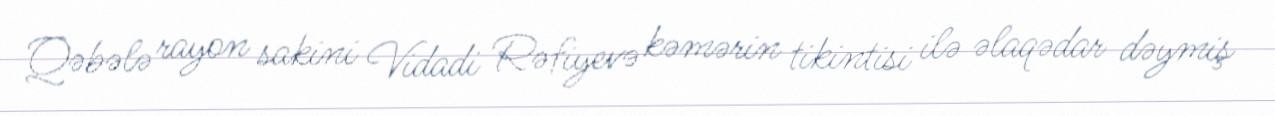
Qəbələ rayon sakini Vidadi Rəfiyevə kəmərin tikintisi ilə əlaqədar dəymiş